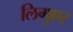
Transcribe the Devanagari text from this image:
लिगुएर